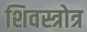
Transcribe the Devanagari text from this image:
शिवस्त्रोत्र